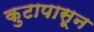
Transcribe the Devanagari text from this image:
कुटापासून